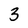
Character: 3